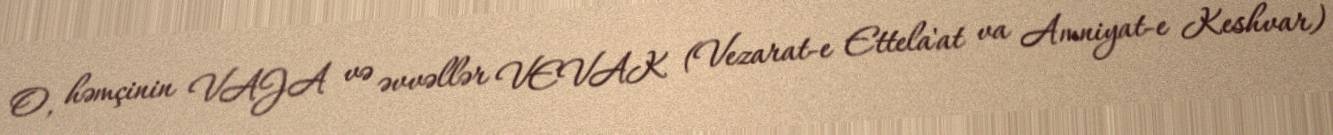
O, həmçinin VAJA və əvvəllər VEVAK (Vezarat-e Ettela'at va Amniyat-e Keshvar)